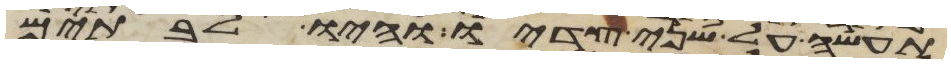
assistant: תעשה על שני צדיו והיו לבתים